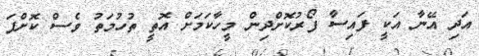
އަދި އޭނާ އަކީ ފައިސާ ފޯރުކޮށްދިން މީހާކަމަށް އޮތީ ތުހުމަތު ވެސް ކޮށްފަ